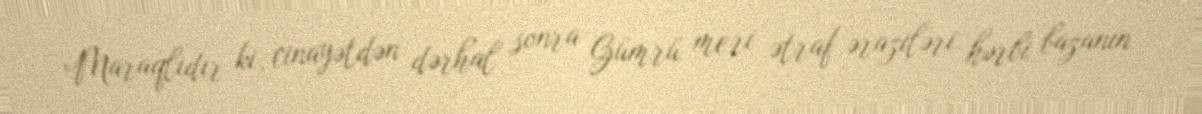
Maraqlıdır ki, cinayətdən dərhal sonra Gümrü meri ətraf əraziləri hərbi bazanın